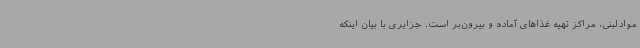
موادلبنی، مراکز تهیه غذاهای آماده و بیرون‌بر است. جزایری با بیان اینکه